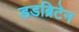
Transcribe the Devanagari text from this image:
डडब्रिटेन